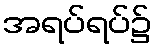
အရပ်ရပ်၌